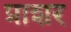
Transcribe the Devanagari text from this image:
प्राशर